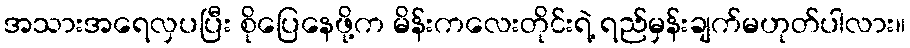
အသားအရေလှပပြီး စိုပြေနေဖို့က မိန်းကလေးတိုင်းရဲ့ ရည်မှန်းချက်မဟုတ်ပါလား။